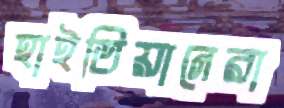
হাইতিয়ানেরা